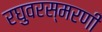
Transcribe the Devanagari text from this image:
रघुवरस्मरणीं